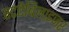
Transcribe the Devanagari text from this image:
स्टऐबिलाइजर